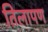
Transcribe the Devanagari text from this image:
तिलापण